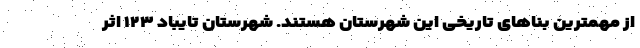
از مهمترین بناهای تاریخی این شهرستان هستند. شهرستان تایباد ۱۲۳ اثر